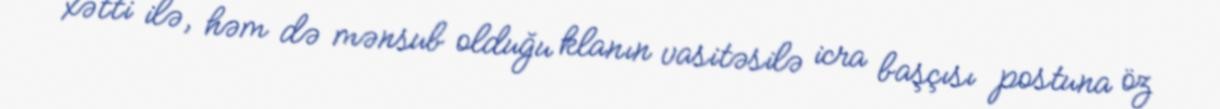
xətti ilə, həm də mənsub olduğu klanın vasitəsilə icra başçısı postuna öz